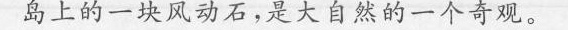
岛上的一块风动石，是大自然的一个奇观。